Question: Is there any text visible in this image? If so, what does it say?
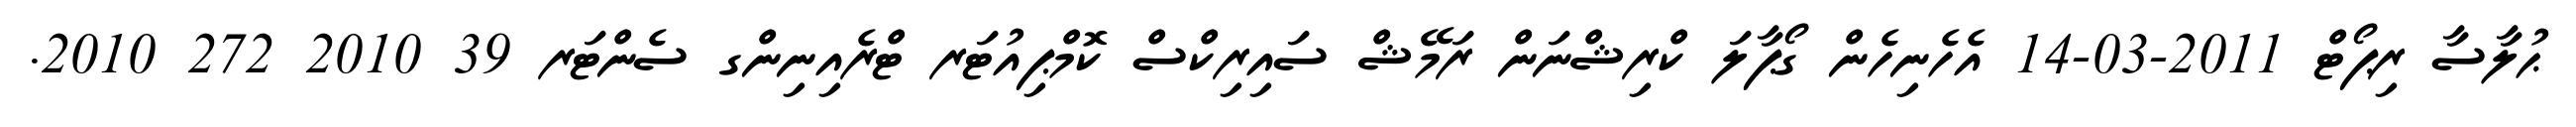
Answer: ޙުލާސާ ރިޕޯޓް 2011-03-14 އެހެނިހެން ގޯޕާލަ ކްރިޝްނަން ރަމޭޝް ސައިރިކްސް ކޮމްޕިއުޓަރ ޓްރެއިނިންގ ސެންޓަރ 39 2010 272 2010.